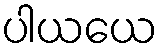
ပါယယေ